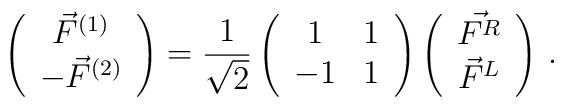
\left( \begin{array}{c} \vec{F}^{(1)} \\ -\vec{F}^{(2)} \end{array} \right) =\frac{1}{\sqrt{2}} \left( \begin{array}{cc} 1 & 1 \\ -1 & 1 \end{array}\right)\left(\begin{array}{c} \vec{F^R} \\ \vec{F}^L \end{array} \right)\, .